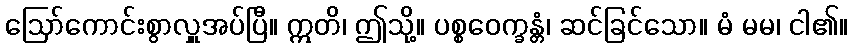
ဩော်ကောင်းစွာလှူအပ်ပြီ။ ဣတိ၊ ဤသို့။ ပစ္စဝေက္ခန္တံ၊ ဆင်ခြင်သော။ မံ မမ၊ ငါ၏။